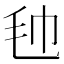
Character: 𣬢